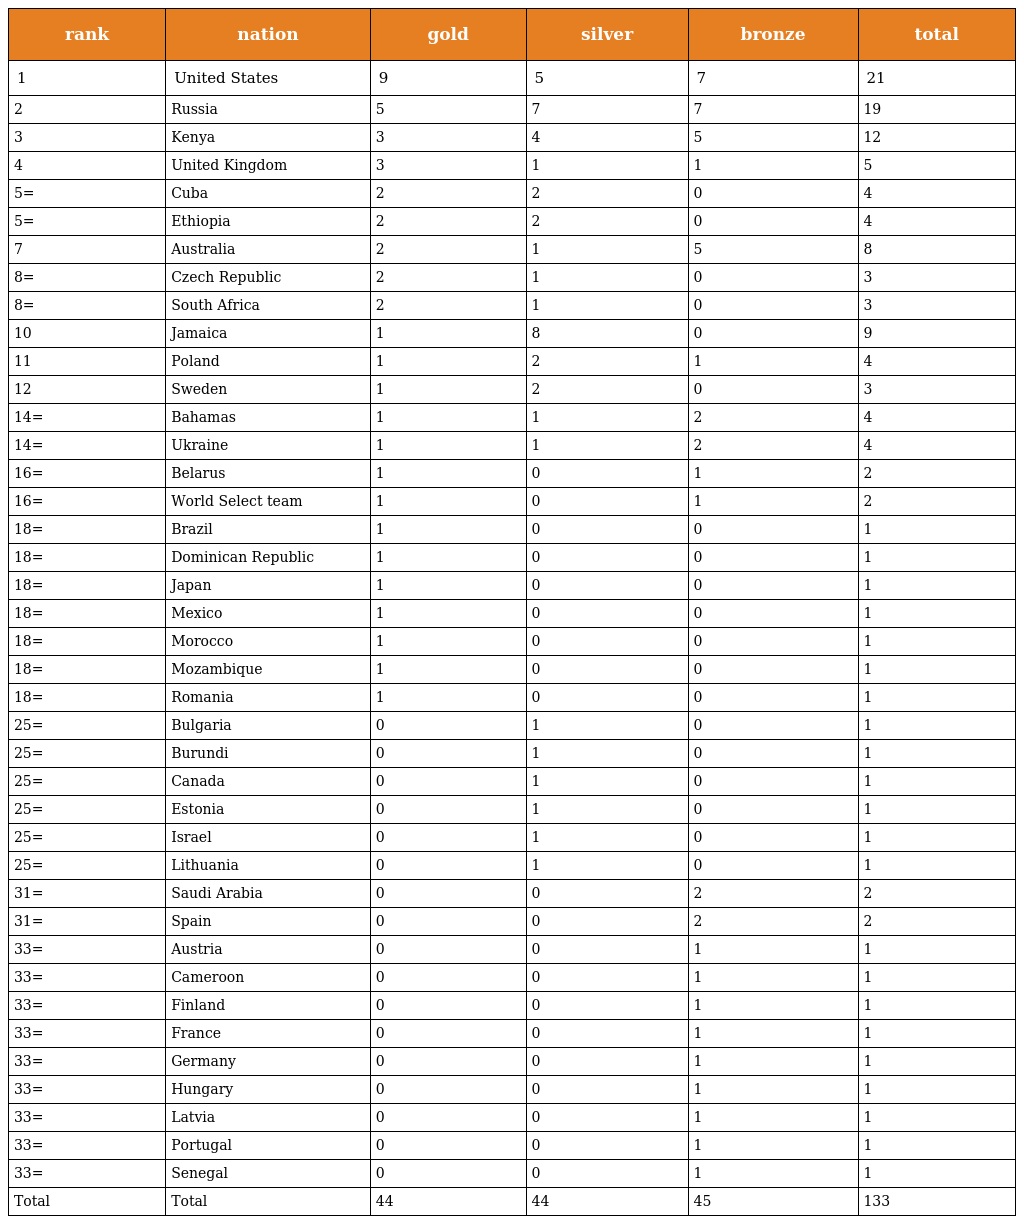
| rank | nation | gold | silver | bronze | total |
 | --- | --- | --- | --- | --- | --- |
 | 1 | United States | 9 | 5 | 7 | 21 |
 | 2 | Russia | 5 | 7 | 7 | 19 |
 | 3 | Kenya | 3 | 4 | 5 | 12 |
 | 4 | United Kingdom | 3 | 1 | 1 | 5 |
 | 5= | Cuba | 2 | 2 | 0 | 4 |
 | 5= | Ethiopia | 2 | 2 | 0 | 4 |
 | 7 | Australia | 2 | 1 | 5 | 8 |
 | 8= | Czech Republic | 2 | 1 | 0 | 3 |
 | 8= | South Africa | 2 | 1 | 0 | 3 |
 | 10 | Jamaica | 1 | 8 | 0 | 9 |
 | 11 | Poland | 1 | 2 | 1 | 4 |
 | 12 | Sweden | 1 | 2 | 0 | 3 |
 | 14= | Bahamas | 1 | 1 | 2 | 4 |
 | 14= | Ukraine | 1 | 1 | 2 | 4 |
 | 16= | Belarus | 1 | 0 | 1 | 2 |
 | 16= | World Select team | 1 | 0 | 1 | 2 |
 | 18= | Brazil | 1 | 0 | 0 | 1 |
 | 18= | Dominican Republic | 1 | 0 | 0 | 1 |
 | 18= | Japan | 1 | 0 | 0 | 1 |
 | 18= | Mexico | 1 | 0 | 0 | 1 |
 | 18= | Morocco | 1 | 0 | 0 | 1 |
 | 18= | Mozambique | 1 | 0 | 0 | 1 |
 | 18= | Romania | 1 | 0 | 0 | 1 |
 | 25= | Bulgaria | 0 | 1 | 0 | 1 |
 | 25= | Burundi | 0 | 1 | 0 | 1 |
 | 25= | Canada | 0 | 1 | 0 | 1 |
 | 25= | Estonia | 0 | 1 | 0 | 1 |
 | 25= | Israel | 0 | 1 | 0 | 1 |
 | 25= | Lithuania | 0 | 1 | 0 | 1 |
 | 31= | Saudi Arabia | 0 | 0 | 2 | 2 |
 | 31= | Spain | 0 | 0 | 2 | 2 |
 | 33= | Austria | 0 | 0 | 1 | 1 |
 | 33= | Cameroon | 0 | 0 | 1 | 1 |
 | 33= | Finland | 0 | 0 | 1 | 1 |
 | 33= | France | 0 | 0 | 1 | 1 |
 | 33= | Germany | 0 | 0 | 1 | 1 |
 | 33= | Hungary | 0 | 0 | 1 | 1 |
 | 33= | Latvia | 0 | 0 | 1 | 1 |
 | 33= | Portugal | 0 | 0 | 1 | 1 |
 | 33= | Senegal | 0 | 0 | 1 | 1 |
 | Total | Total | 44 | 44 | 45 | 133 |